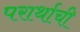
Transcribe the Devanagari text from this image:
परार्थाची